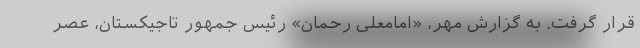
قرار گرفت. به گزارش مهر، «امامعلی رحمان» رئیس جمهور تاجیکستان، عصر